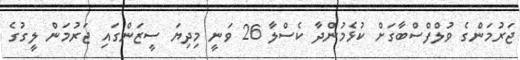
ޖަރުމަންގެ ވުލްފްސްބާގަށް ކުޅެމުންދާ ކެސްލާ 26 ވަނީ މިދިޔަ ސީޒަންގައި ޖަރުމަން ލީގުގެ